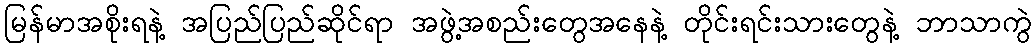
မြန်မာအစိုးရနဲ့ အပြည်ပြည်ဆိုင်ရာ အဖွဲ့အစည်းတွေအနေနဲ့ တိုင်းရင်းသားတွေနဲ့ ဘာသာကွဲ